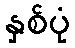
နှစ်ပုံ